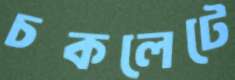
চকলেটে